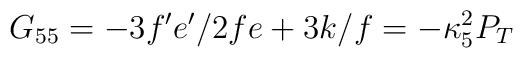
G_{55}=-3f^{\prime}e^{\prime}/2fe+3k/f=-\kappa^2_5 P_T